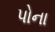
પોના